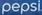
pepsi